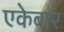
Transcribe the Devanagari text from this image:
एकेबार